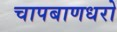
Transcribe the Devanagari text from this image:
चापबाणधरो